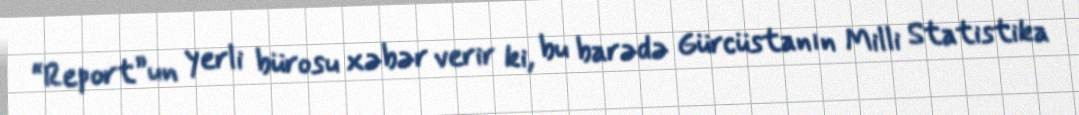
“Report”un yerli bürosu xəbər verir ki, bu barədə Gürcüstanın Milli Statistika